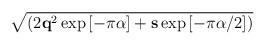
LaTeX: \begin{align*}\sqrt{({2 {\bf q}^2\exp{[ -\pi\alpha]} + {\bf s}\exp{[-\pi\alpha/2]}})}\end{align*}